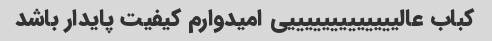
کباب عالیییییییییییییی امیدوارم کیفیت پایدار باشد